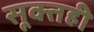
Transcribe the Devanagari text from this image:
सूक्तही